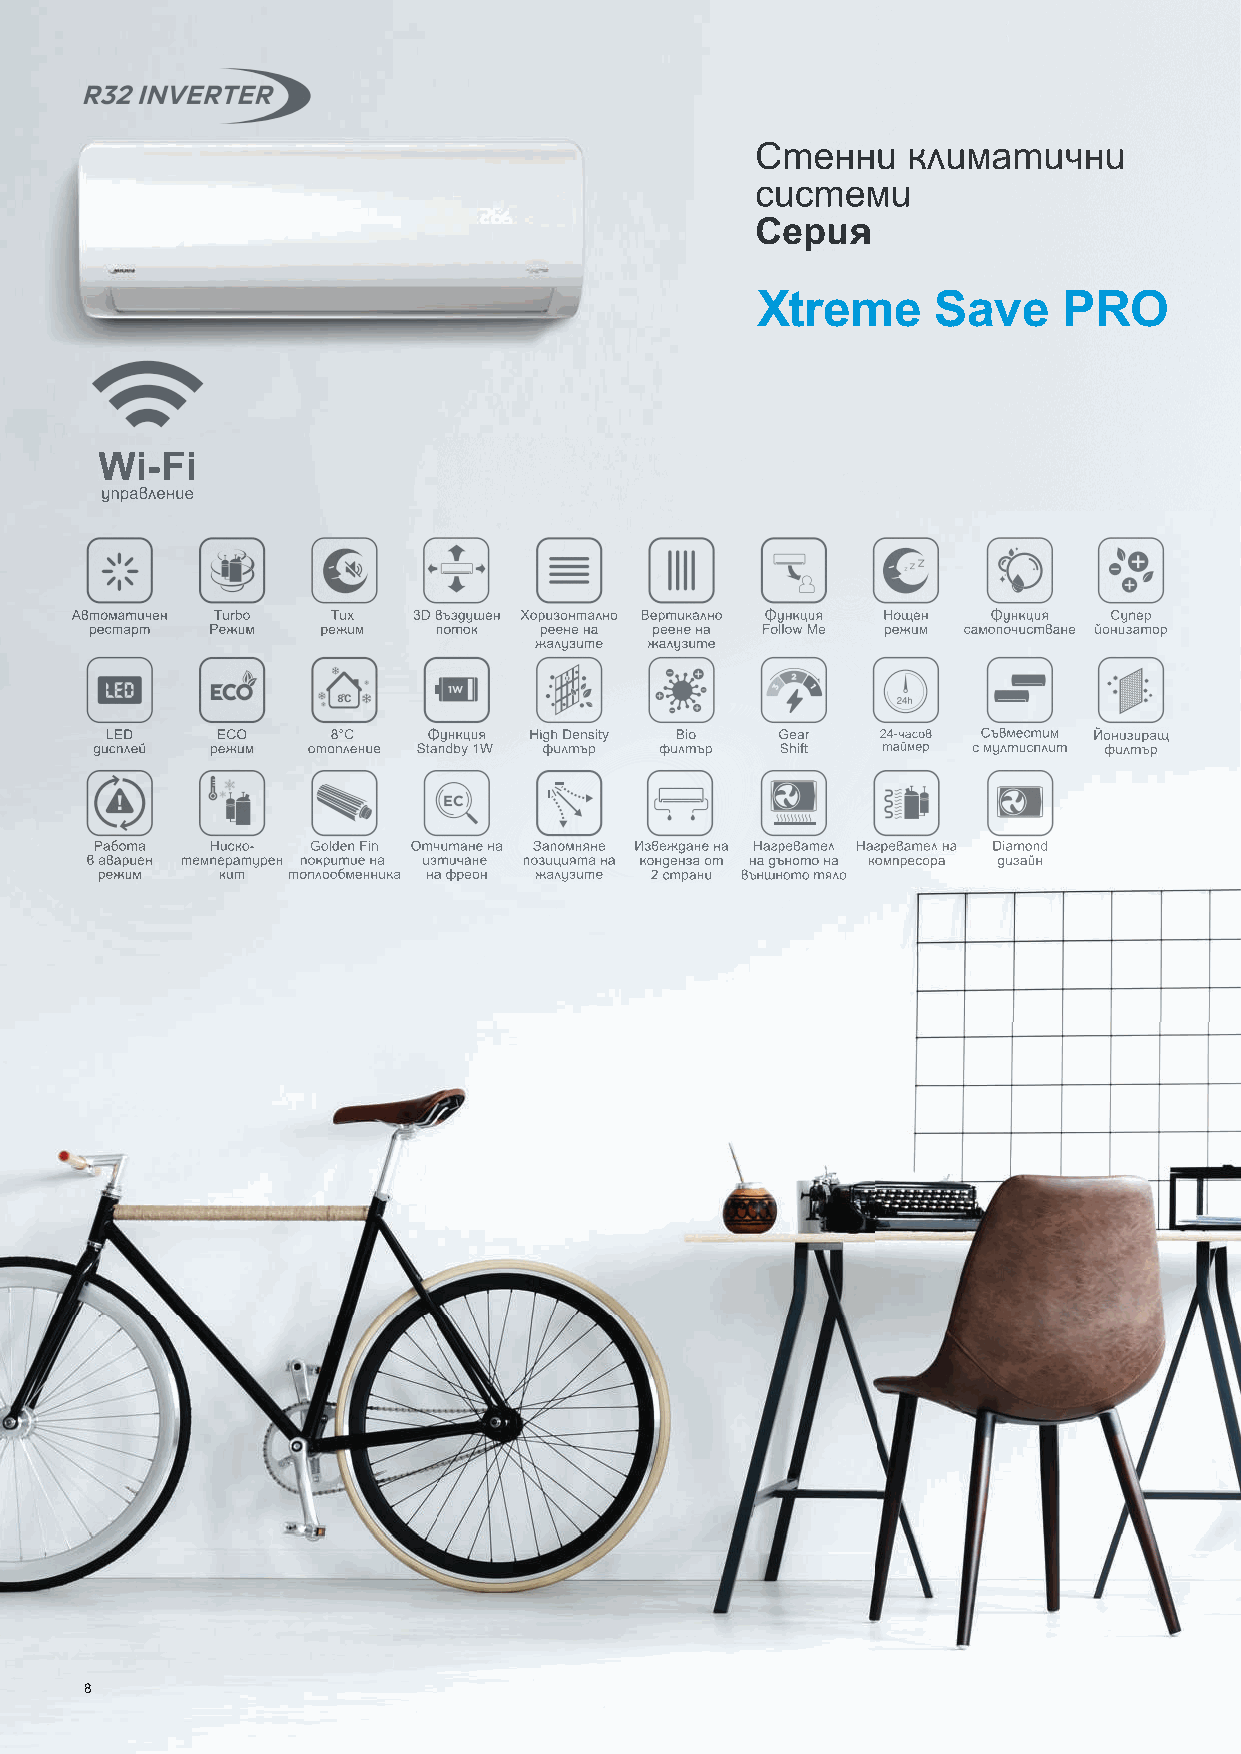
Стенни    климатични
 системи
 Серия
 Xtreme      Save    PRO
 Wi-Fi
 управление
 Автоматичен Turbo Тих 3D въздушен Хоризонтално Вертикално Функция Нощен Функция Супер
 рестарт Режим  режим   поток  реене на реене на Follow Me режим самопочистване йонизатор
 жалузите жалузите
 LЕD    ECO     8°C   Функция High Density Bio Gear 24-часов Съвместим Йонизиращ
 дисплей режим отопление Standby 1W филтър филтър Shift таймер с мултисплит филтър
 Работа  Ниско- Golden Fin Отчитане на Запомняне Извеждане на Нагревател Нагревател на Diamond
 в авариен температурен покритие на изтичане позицията на конденза от на дъното на компресора дизайн
 режим   кит  топлообменника на фреон жалузите 2 страни външното тяло
 8